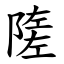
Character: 隓